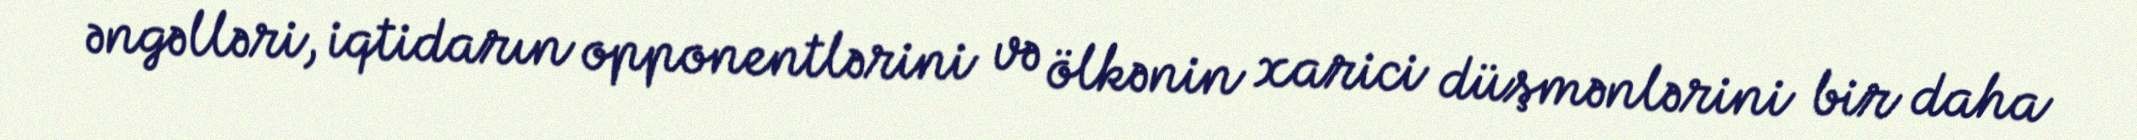
əngəlləri, iqtidarın opponentlərini və ölkənin xarici düşmənlərini bir daha